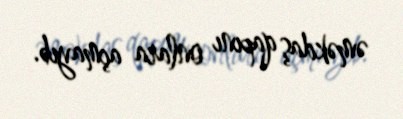
əməkdaş qapını onlara açmayıb.